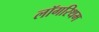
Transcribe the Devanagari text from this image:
लॉगरिथम